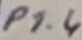
Text: P1.4